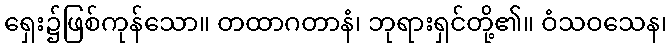
ရှေး၌ဖြစ်ကုန်သော။ တထာဂတာနံ၊ ဘုရားရှင်တို့၏။ ဝံသဝသေန၊